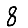
Digit: 8